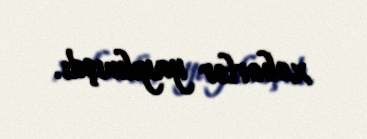
xəbərlər yayılmışdı.